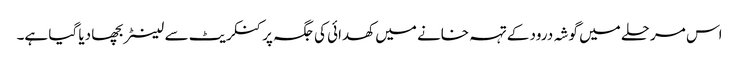
اس مرحلے میں گوشہ درود کے تہہ خانے میں کھدائی کی جگہ پر کنکریٹ سے لینٹر بچھا دیا گیا ہے۔